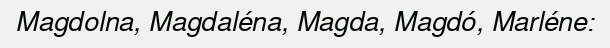
Magdolna, Magdaléna, Magda, Magdó, Marléne: